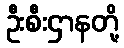
ဦးစီးဌာနတို့